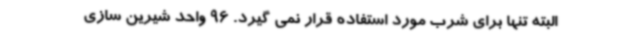
البته تنها برای شرب مورد استفاده قرار نمی گیرد. 96 واحد شیرین سازی